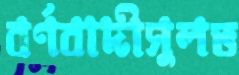
বর্ণবাদীসুলভ